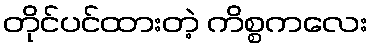
တိုင်ပင်ထားတဲ့ ကိစ္စကလေး